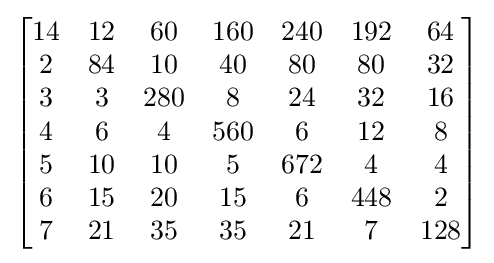
{\begin{bmatrix}{\begin{matrix}14&12&60&160&240&192&64\\2&84&10&40&80&80&32\\3&3&280&8&24&32&16\\4&6&4&560&6&12&8\\5&10&10&5&672&4&4\\6&15&20&15&6&448&2\\7&21&35&35&21&7&128\end{matrix}}\end{bmatrix}}